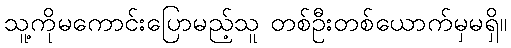
သူ့ကိုမကောင်းပြောမည့်သူ တစ်ဦးတစ်ယောက်မှမရှိ။